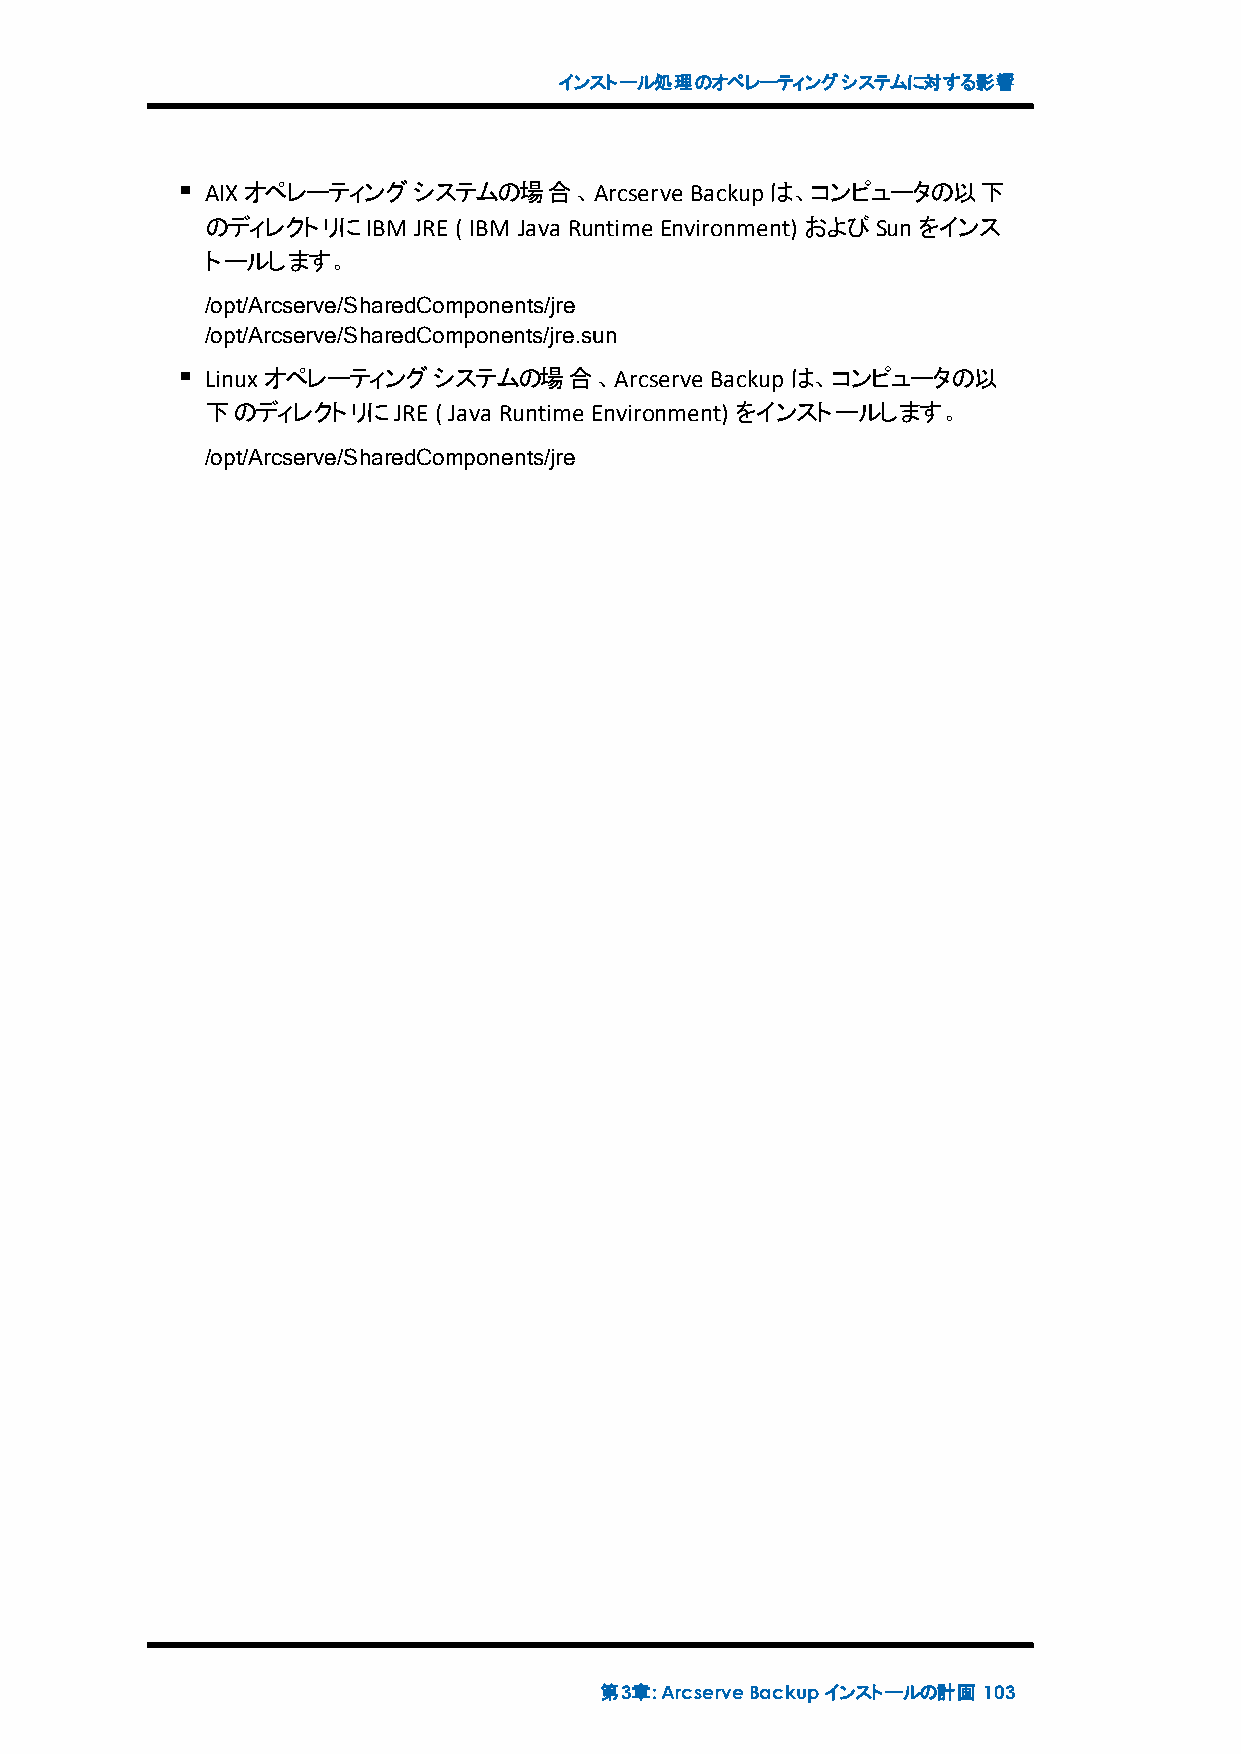
インストール処理のオペレーティングシステムに対する影響
 AIXオペレーティングシステムの場合、Arcserve     Backupは、コンピュータの以下
 のディレクトリにIBM  JRE ( IBM Java Runtime Environment) およびSunをインス
 トールします。
 /opt/Arcserve/SharedComponents/jre
 /opt/Arcserve/SharedComponents/jre.sun
 Linux オペレーティングシステムの場合、Arcserve   Backupは、コンピュータの以
 下のディレクトリにJRE   ( Java Runtime Environment) をインストールします。
 /opt/Arcserve/SharedComponents/jre
 第3章:ArcserveBackupインストールの計画 103